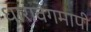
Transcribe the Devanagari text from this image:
धारावेगमापी